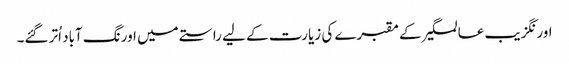
اورنگزیب عالمگیر کے مقبرے کی زیارت کے لیے راستے میں اورنگ آباد اُتر گئے۔